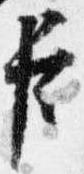
臣